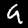
Digit: 9